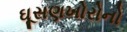
ઘૂસણખોરોનો